255_413270_UFO's_and_Defense_What_Should_we_Prepare_For
Agency: NASA
Page 32
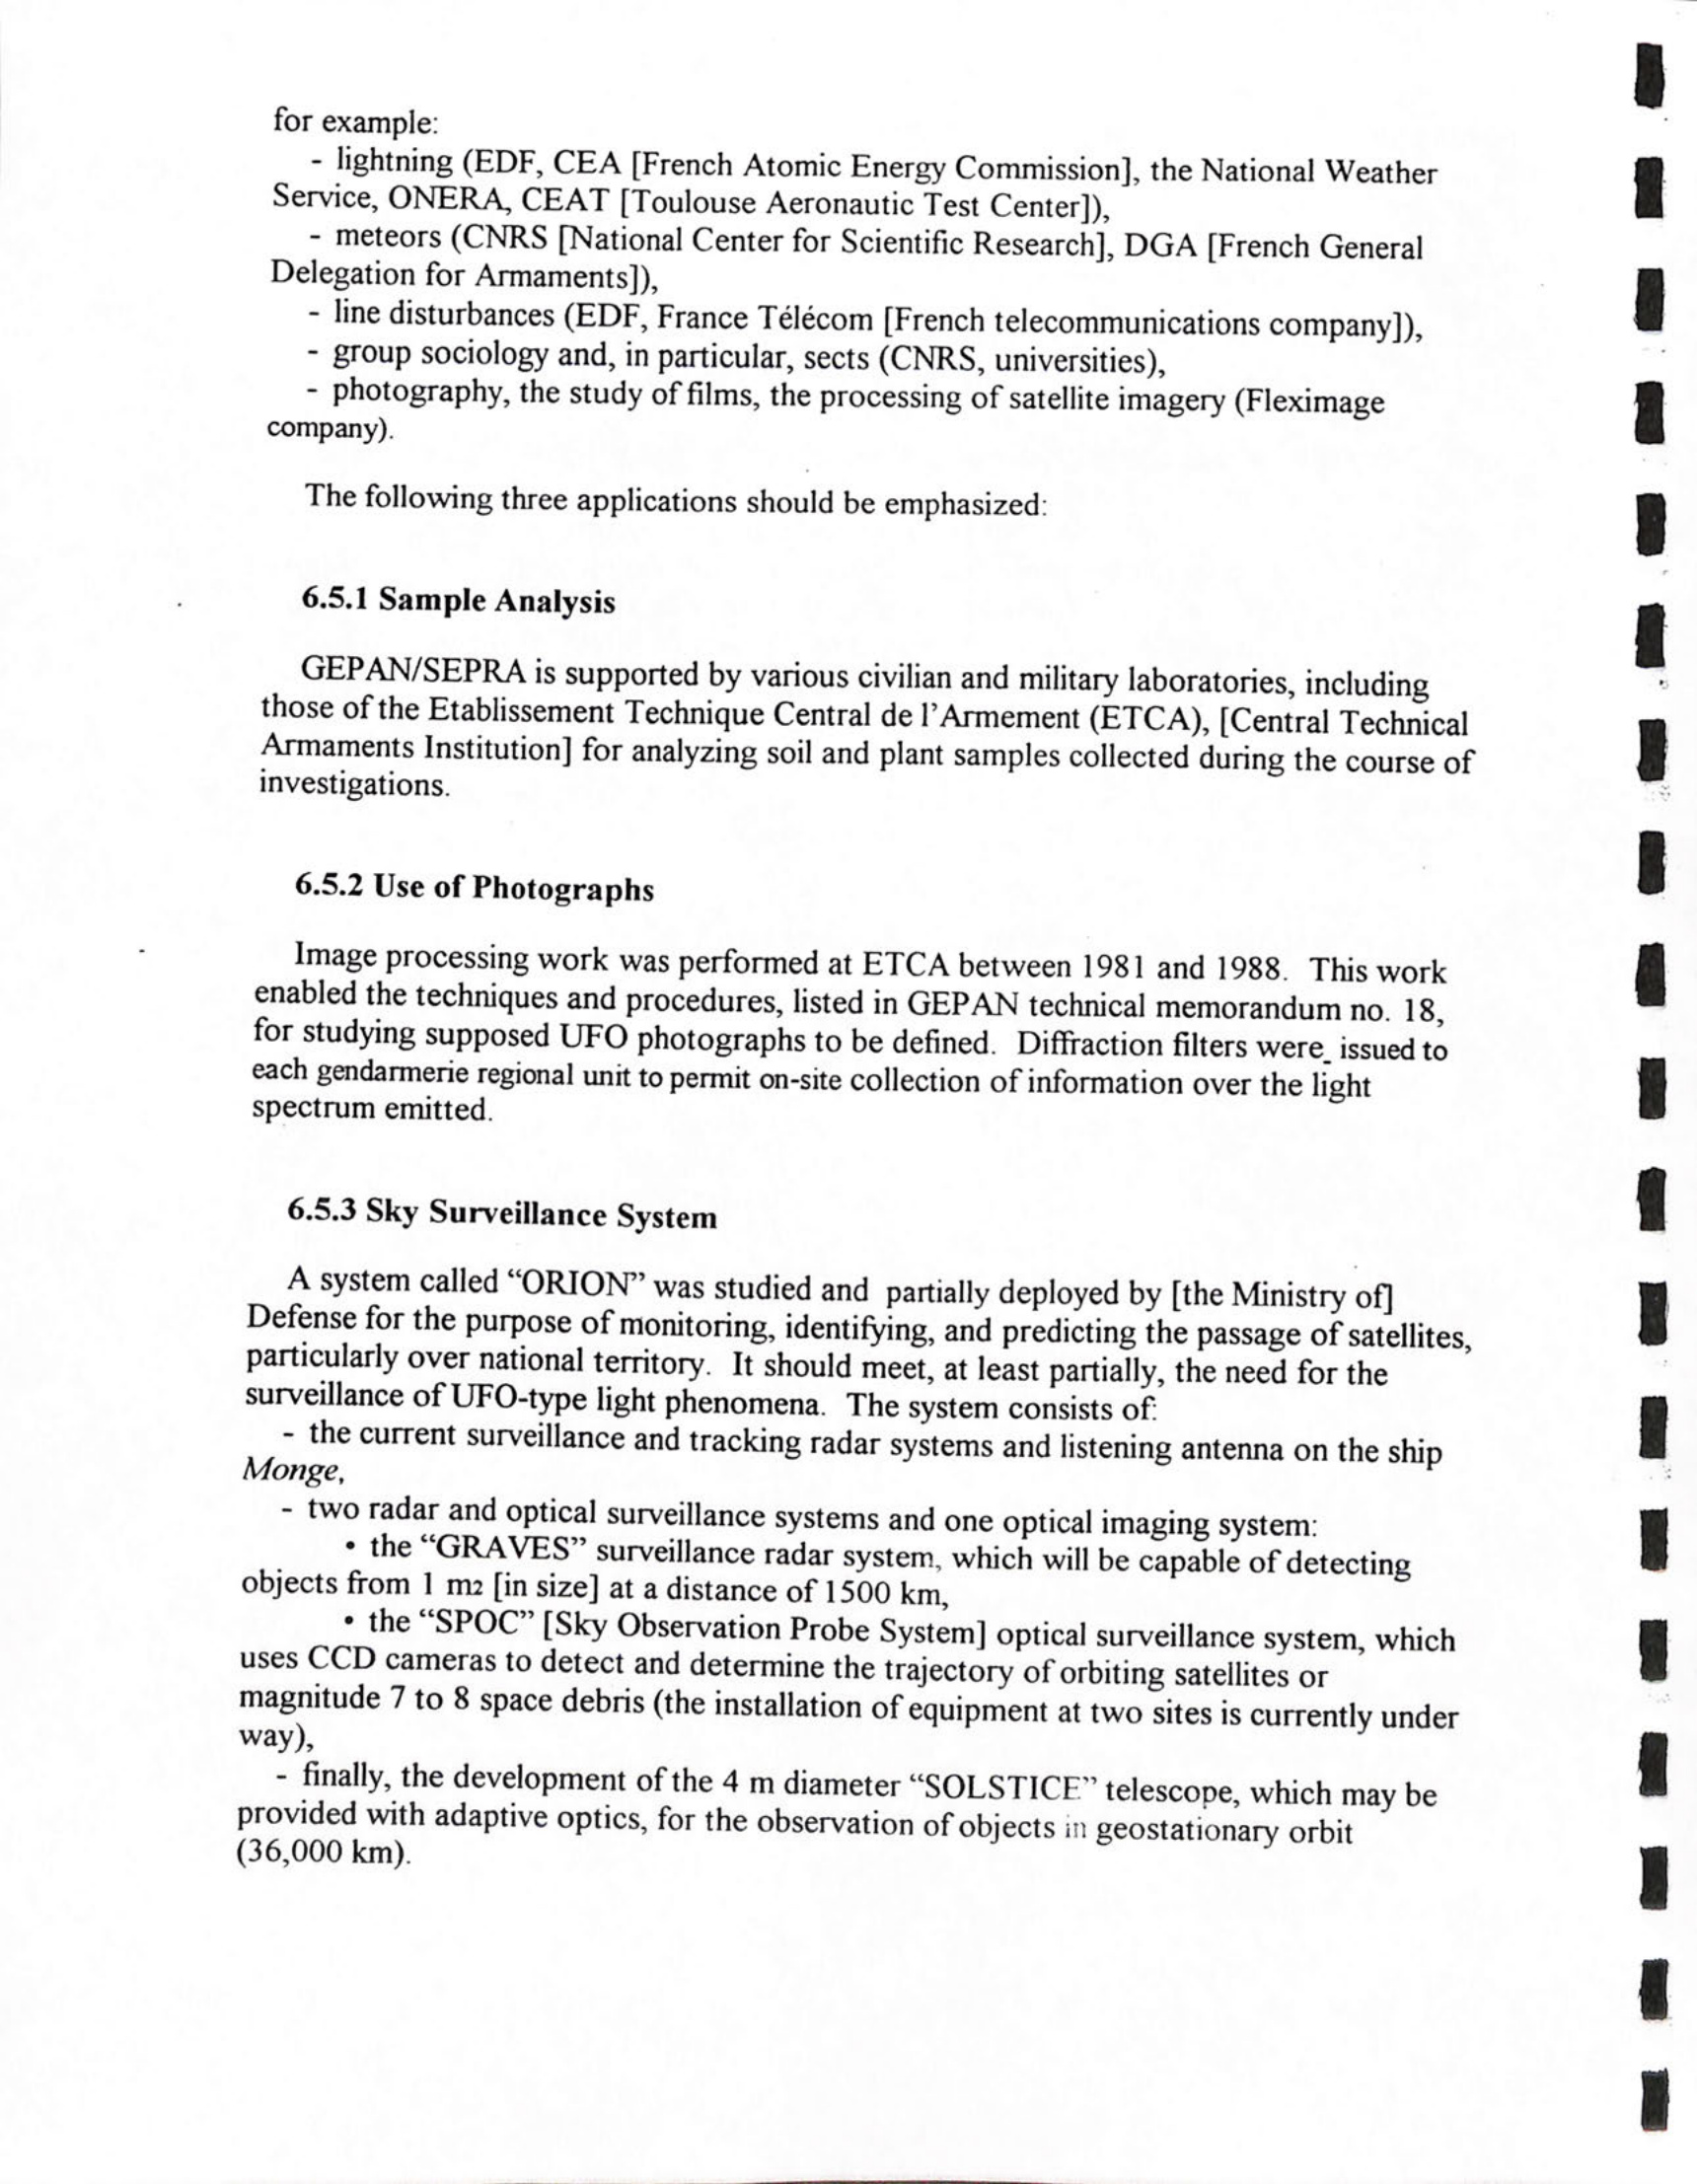